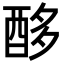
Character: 𮠨